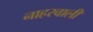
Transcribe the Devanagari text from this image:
नाहरवाली